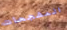
المشجعات